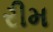
રીમ